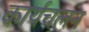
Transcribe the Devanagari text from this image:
कार्यचलन